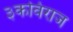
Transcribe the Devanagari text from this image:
३कविराज